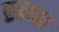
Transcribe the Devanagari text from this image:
स्‍वाहा